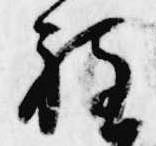
程